King Institute of Preventive Medicine Bacteriolog. Section reports 1907-08
Year: 1907
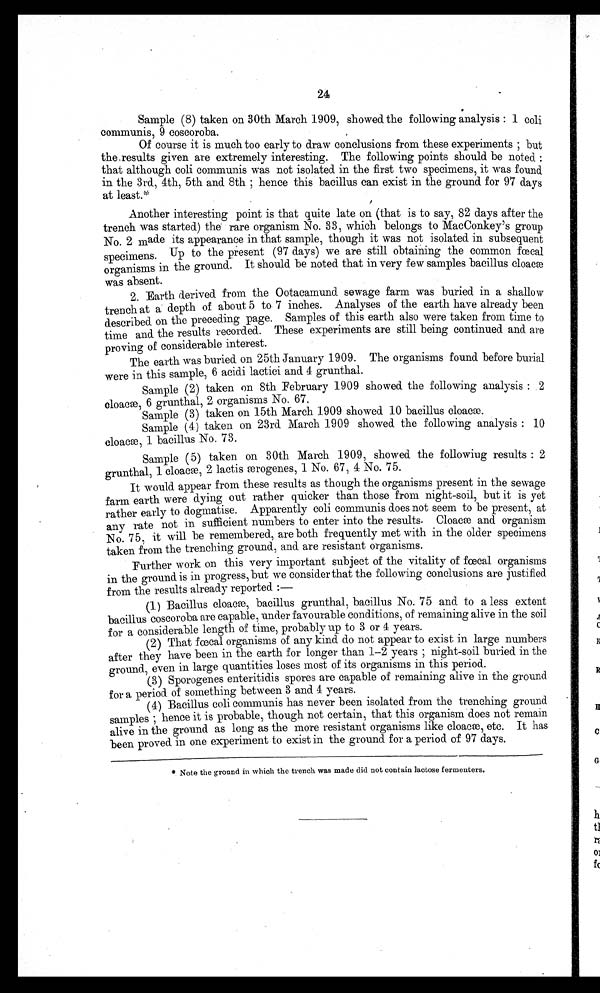
24
-
Sample (8) taken on 30th March 1909, showed the following analysis : 1 coli
communis, 9 coscoroba.
Of course it is much too early to draw conclusions from these experiments ; but
the_results given are extremely interesting. The following points should be noted :
that although coli communis was not isolated in the first two specimens, it was found
in the 3rd, 4th, 5th and 8th ; hence this bacillus can exist in the ground for 97 days
at l east . *
Another interesting point is that quite late on (that, is to say, 82 days after the
trench was started) the rare organism No. 33, which belongs to MacConkey's group
No . 2 made its appearance in that sample, though it was not isolated in subsequent
ecimens. Up
to the present (97 days) we are still obtaining the common faecal
sp.
organisms in the ground. It should be noted that in very few samples bacillus cloacae
was absent.
2. Earth derived from the Ootacamund sewage farm was buried in a shallow
trench at a depth of about 5 to 7 inches. Analyses of the earth have already been
described on the preceding page. Samples of this earth also were taken from time to
time and the results recorded. These experiments are still being continued and are
proving of considerable interest.
The earth was buried on 25th January 1909. The organisms found before burial
were in this sample, 6 acidi lactici and 4 grunthal.
Sample (2) taken on 8th February 1909 showed the following analysis : 2
cloacae, 6 grunthal, 2 organisms No. 67.
Sample (3) taken on 15th March 1909 showed 10 bacillus cloacae.
Sample (4) taken on 23rd March 1909 showed the following analysis : 10
cloacae, 1 bacillus No. 73.
Sample (5) taken on 30th March 1909, showed the following results : 2
grunthal, 1 cloace, 2 lactis æærogenes, 1 No. 67, 4 No. 75.
It would appear from these results as though the organisms present in the sewage
farm earth were dying out rather quicker than those from night-soil, but it is yet
rather early to dogmatise. Apparently coli communis does not seem to be present, at
any rate not in sufficient numbers to enter into the results. Cloaca and organism
No. 75, it will be remembered, are both frequently met with in the older specimens
taken from the trenching ground, and are resistant organisms.
Further work on this very important subject of the vitality of organisms
in the ground is in progress, but we consider that the following conclusions are justified
from the results already reported :-fæcal
(1) Bacillus cloacæ, bacillus grunthal, bacillus No. 75 and to a less extent
bacillus coscoroba are capable, under favourable conditions, of remaining alive in the soil
for a considerable length of time, probably up to 3 or 4 years.
(2) That fcal organisms of any kind do not appear to exist in large numbers
after they have been in the earth for longer than 1--2 years ; night-soil buried in the
ground, even in large quantities loses most of its organisms in this period.
(3) Sporogenes enteritidis spores are capable of remaining alive in the ground
for a period of something between 3 and 4 years.
( 4) Bacillus coli communis has never been isolated from the trenching ground
hence it is probable, though not certain, that this organism does not remain
samples ;
alive in the ground as long as the more resistant organisms like cloacae, etc. It has
been proved in one experiment to exist in the ground for a period of 97 days.
* Note the ground in which the trench was made did not contain lactose fermenters.